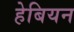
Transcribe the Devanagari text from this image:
हेबियन